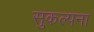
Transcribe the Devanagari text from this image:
सुकल्पना